Mental hospitals Bombay report 1929-33 - 1929-1933
Year: 1929
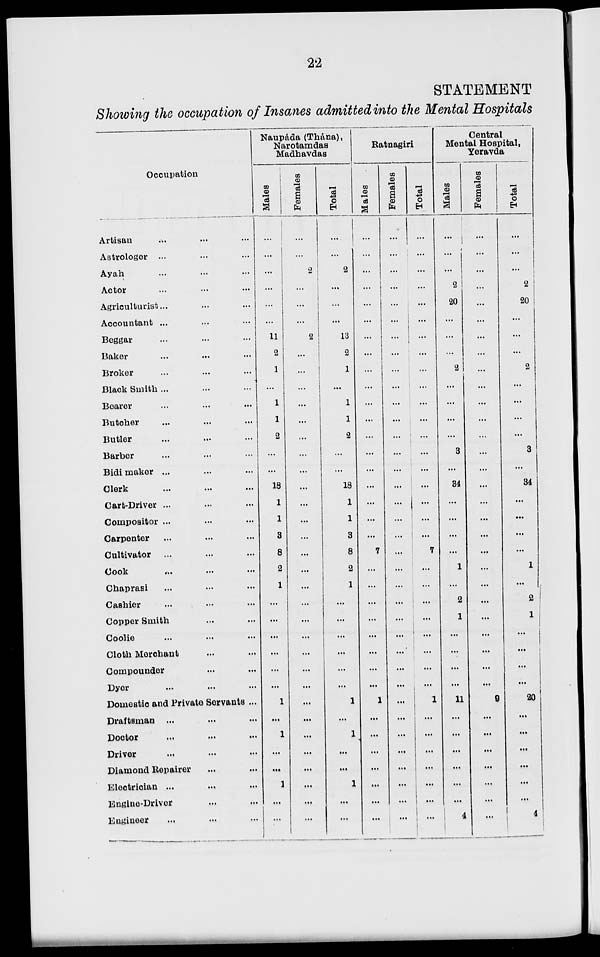
22
STATEMENT
Showing the occupation of Insanes admitted into the Mental Hospitals
Occupation
Artisan ... ... ...
Astrologer ... ... ...
Ayah ... ... ...
Actor ... ... ...
Agriculturist ... ... ...
Accountant ... ... ...
Beggar ... ... ...
Baker ... ... ...
Broker ... ... ...
Black Smith ... ... ...
Bearer ... ... ...
Butcher ... ... ...
Butler ... ... ...
Barber ... ... ...
Bidi maker ... ... ...
Clerk ... ... ...
Cart-Driver ... ... ...
Compositor ... ... ...
Carpenter ... ... ...
Cultivator ... ... ...
Cook ... ... ...
Chaprasi ... ... ...
Cashier ... ... ...
Copper Smith ... ...
Coolie ... ... ...
Cloth Merchant ... ...
Compounder ... ...
Dyer ... ... ...
Domestic and Private Servants ...
Draftsman ... ... ...
Doctor ... ... ...
Driver ... ... ...
Diamond Repairer ... ...
Electrician ... ... ...
Engine-Driver ... ...
Engineer ... ... ...
Naupáda (Thána),
Narotamdas
Madhavdas
Males
...
...
...
...
...
...
11
2
1
...
1
1
2
...
...
18
1
1
3
8
2
1
...
...
...
...
...
...
1
...
1
...
...
1
...
...
Females
...
...
2
...
...
...
2
...
...
...
...
...
...
...
...
...
...
...
...
...
...
...
...
...
...
...
...
...
...
...
...
...
...
...
...
...
Total
...
...
2
...
...
...
13
2
1
...
1
1
2
...
...
18
1
1
3
8
2
1
...
...
...
...
...
...
1
...
1
...
...
1
...
...
Ratnagiri
Males
...
...
...
...
...
...
...
...
...
...
...
...
...
...
...
...
...
...
...
7
...
...
...
...
...
...
...
...
1
...
...
...
...
...
...
...
Females
...
...
...
...
...
...
...
...
...
...
...
...
...
...
...
...
...
...
...
...
...
...
...
...
...
...
...
...
...
...
...
...
...
...
...
...
Total
...
...
...
...
...
...
...
...
...
...
...
...
...
...
...
...
...
...
...
7
...
...
...
...
...
...
...
...
1
...
...
...
...
...
...
...
Central
Mental Hospital,
Yeravda
Males
...
...
...
2
20
...
...
...
2
...
...
...
...
3
...
34
...
...
...
...
1
...
2
1
...
...
...
...
11
...
...
...
...
...
...
4
Females
...
...
...
...
...
...
...
...
...
...
...
...
...
...
...
...
...
...
...
...
...
...
...
...
...
...
...
...
9
...
...
...
...
...
...
...
Total
...
...
...
2
20
...
...
...
2
...
...
...
...
3
...
34
...
...
...
...
1
...
2
1
...
...
...
...
20
...
...
...
...
...
...
4